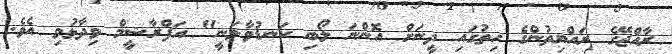
ރާއްޖޭގެ ރައްޔިތުންގެ ހިތުގައި ދީނަށް އޮންނަ ލޯބި ކަނޑުވާލަނީ" އަފްރާޝީމް ވިދާޅުވި އެވެ.